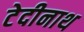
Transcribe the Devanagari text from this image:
टेदीनाथ